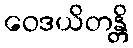
ဝေဒယိတန္တိ